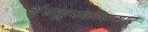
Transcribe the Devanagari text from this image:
अंधकूपकारागार